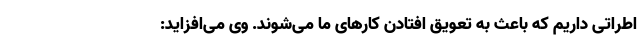
اطراتی داریم که باعث به تعویق افتادن کارهای ما می‌شوند. وی می‌افزاید: